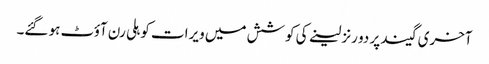
آخری گیند پر دو رنز لینے کی کوشش میں ویرات کوہلی رن آؤٹ ہو گئے۔